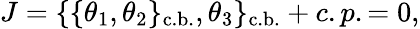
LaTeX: J=\{ \{ \theta_{1},\theta_{2}\} _{\mathrm{c.b.}},\theta_{3}\} _{\mathrm{c.b.}}+c.p.=0,